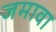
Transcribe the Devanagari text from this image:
जमावा